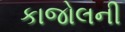
કાજોલની